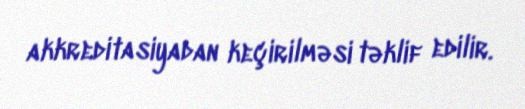
akkreditasiyadan keçirilməsi təklif edilir.